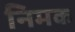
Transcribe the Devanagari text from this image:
निमक